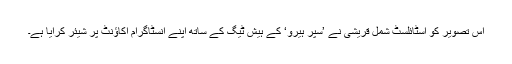
اس تصویر کو اسٹائلسٹ شمل قریشی نے ’سپر ہیرو‘ کے ہیش ٹیگ کے ساتھ اپنے انسٹاگرام اکاؤنٹ پر شیئر کرایا ہے۔